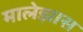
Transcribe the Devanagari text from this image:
मालेझास